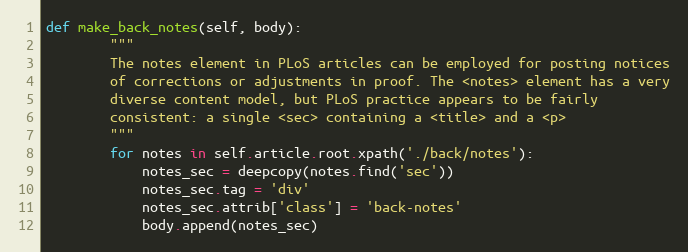
Language: Python
def make_back_notes(self, body):
        """
        The notes element in PLoS articles can be employed for posting notices
        of corrections or adjustments in proof. The <notes> element has a very
        diverse content model, but PLoS practice appears to be fairly
        consistent: a single <sec> containing a <title> and a <p>
        """
        for notes in self.article.root.xpath('./back/notes'):
            notes_sec = deepcopy(notes.find('sec'))
            notes_sec.tag = 'div'
            notes_sec.attrib['class'] = 'back-notes'
            body.append(notes_sec)